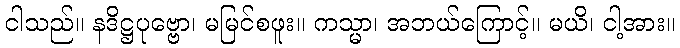
ငါသည်။ နဒိဋ္ဌပုဗ္ဗော၊ မမြင်စဖူး။ ကသ္မာ၊ အဘယ်ကြောင့်။ မယိ၊ ငါ့အား။